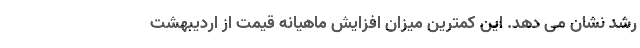
رشد نشان می دهد. این کمترین میزان افزایش ماهیانه قیمت از اردیبهشت